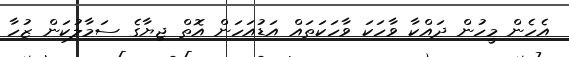
އެހެން މީހުން ދައްކާ ވާހަކަ ވާހަކަތައް އަޑުއަހަން އޮތް ޖިޔާގެ ސަމާލުކަން ޒުހާ